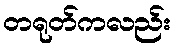
တရုတ်ကလည်း